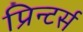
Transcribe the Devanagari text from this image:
प्रिन्टर्स